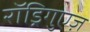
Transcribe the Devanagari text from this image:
रॉड्रिगुएज़